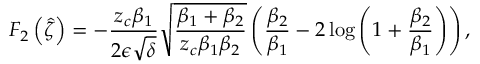
F _ { 2 } \left( \hat { \zeta } \right) = - \frac { z _ { c } \beta _ { 1 } } { 2 \epsilon \sqrt { \delta } } \sqrt { \frac { \beta _ { 1 } + \beta _ { 2 } } { z _ { c } \beta _ { 1 } \beta _ { 2 } } } \left( \frac { \beta _ { 2 } } { \beta _ { 1 } } - 2 \log { \left( 1 + \frac { \beta _ { 2 } } { \beta _ { 1 } } \right) } \right) ,